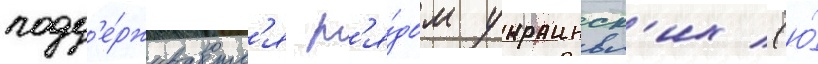
подд'е́рживаетс'я р'я́дом украинск'их (ю́